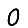
Digit: 0